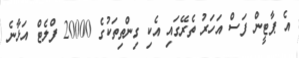
އެ ޕާޓީން ފަސް އަހަރު ތެރޭގައި އެކި ގިންތިތަކުގެ 20000 ފްލެޓް އަޅާނެ